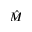
\hat { M }